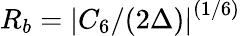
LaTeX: R_{b}={|C_{6}/(2\Delta)|}^{(1/6)}